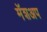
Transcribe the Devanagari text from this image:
मॅशअप